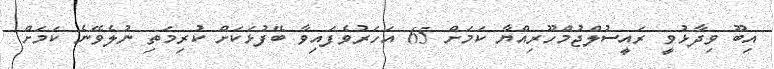
އިބޫ ވިދާޅުވީ ރައީސުލްޖުމްހޫރިއްޔާ ކަމަށް 65 އަހަރުވެފައިވާ ބޭފުޅަކަށް ކުރިމަތި ނުލެވޭނެ ކަމަށް